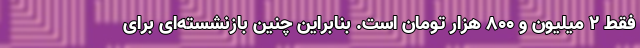
فقط ۲ میلیون و ۸۰۰ هزار تومان است. بنابراین چنین بازنشسته‌ای برای